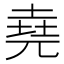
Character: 堯